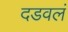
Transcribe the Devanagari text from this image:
दडवलं